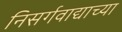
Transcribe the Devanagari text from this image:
निसर्गवाद्याच्या